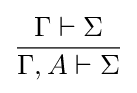
{\frac {\Gamma \vdash \Sigma }{\Gamma ,A\vdash \Sigma }}